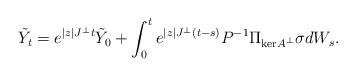
LaTeX: \begin{align*}\tilde{Y}_t = e^{|z|J^\perp t}\tilde{Y}_0 + \int_0^t e^{|z|J^\perp(t-s)}P^{-1} \Pi_{\mathrm{ker}A^\perp}\sigma dW_s.\end{align*}